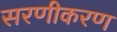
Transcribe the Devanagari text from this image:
सरणीकरण